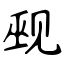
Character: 觋